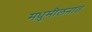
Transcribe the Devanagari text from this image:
मधुमीलनात